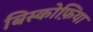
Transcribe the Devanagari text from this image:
बिस्कोफ़िया